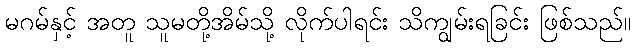
မဂမ်နှင့် အတူ သူမတို့အိမ်သို့ လိုက်ပါရင်း သိကျွမ်းရခြင်း ဖြစ်သည်။